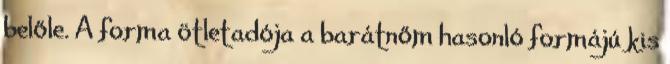
belőle. A forma ötletadója a barátnőm hasonló formájú kis